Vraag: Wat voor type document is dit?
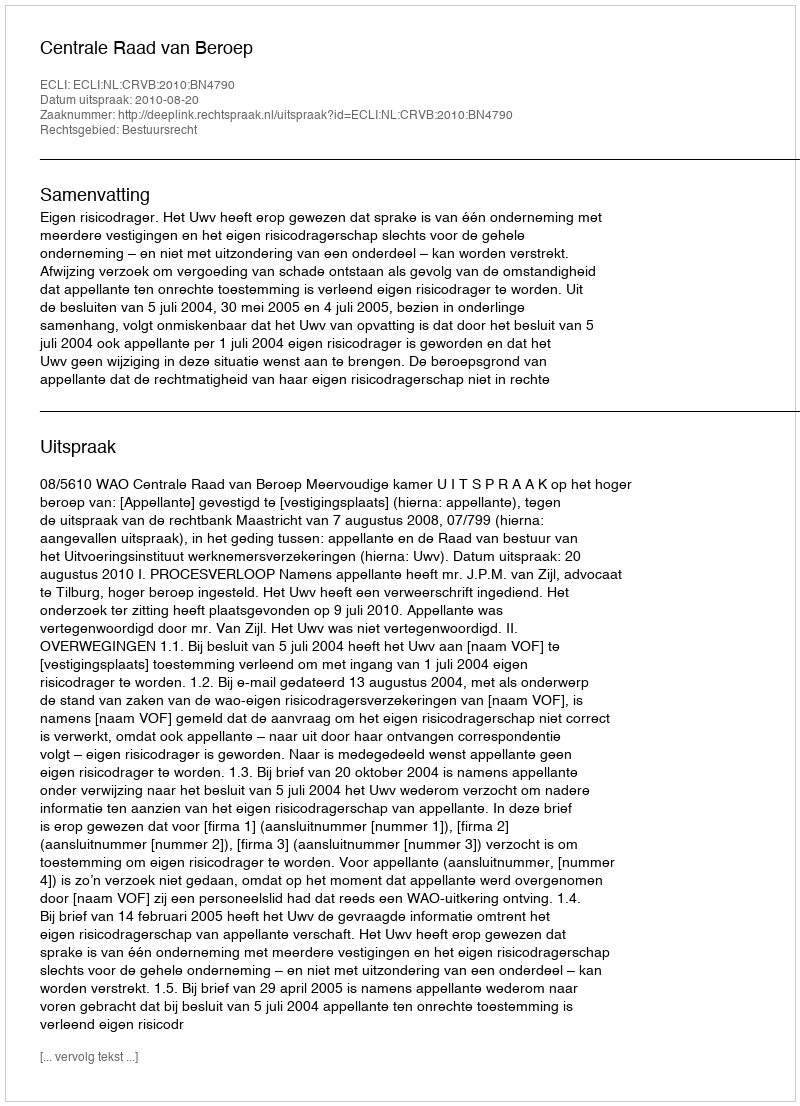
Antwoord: Uitspraak